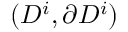
( D ^ { i } , \partial D ^ { i } )